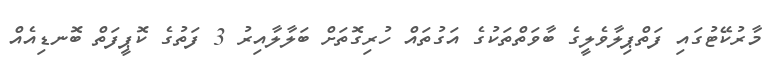
މާރުކޭޓުގައި ފަތްޕިލާވެލީގެ ބާވަތްތަކުގެ އަގުތައް ހުރިގޮތަށް ބަލާލާއިރު 3 ފަތުގެ ކޮޕީފަތް ބޮނޑިއެއް